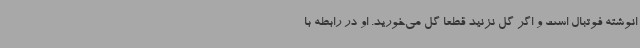
انوشته فوتبال است و اگر گل نزنید قطعا گل می‌خورید. او در رابطه با